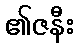
၏ဇနီး